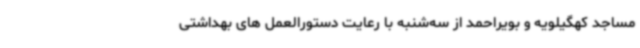
مساجد کهگیلویه و بویراحمد از سه‌شنبه با رعایت دستورالعمل های بهداشتی